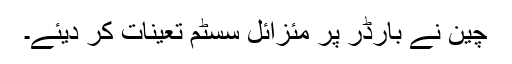
چین نے بارڈر پر مئزائل سسٹم تعینات کر دیئے۔